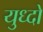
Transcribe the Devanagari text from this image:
युध्दो